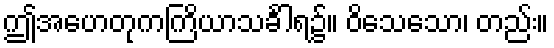
ဤအဟေတုကကြိယာသင်္ခါရ၌။ ဝိသေသော၊ တည်း။